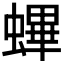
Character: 𧏻